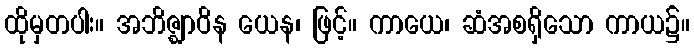
ထိုမှတပါး။ အဘိဇ္ဈာဝိန ယေန၊ ဖြင့်။ ကာယေ၊ ဆံအစရှိသော ကာယ၌။